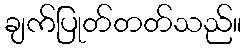
ချက်ပြုတ်တတ်သည်။